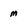
Character: m